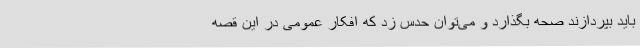
باید بپردازند صحه بگذارد و می‌توان حدس زد که افکار عمومی در این قصه